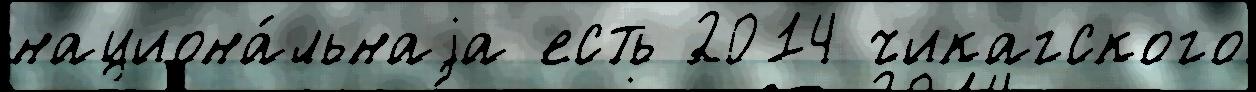
национа́льнаjа есть 2014 чикагского